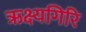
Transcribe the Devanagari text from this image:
ऋक्ष्यगिरि